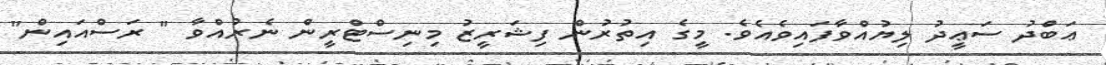
ޢަބްދު ސަޢީދު ލިޔުއްވާފައިވެއެވެ. މީގެ އިތުރުން ފިޝަރީޒު މިނިސްޓްރީން ނެރުއްވާ " ރަސްއައިން"